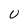
Character: U